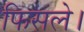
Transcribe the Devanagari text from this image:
फिसले।